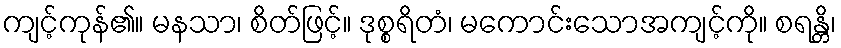
ကျင့်ကုန်၏။ မနသာ၊ စိတ်ဖြင့်။ ဒုစ္စရိတံ၊ မကောင်းသောအကျင့်ကို။ စရန္တိ၊